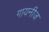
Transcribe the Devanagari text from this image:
गायनीज